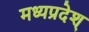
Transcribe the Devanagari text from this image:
मध्यप्रदेश्